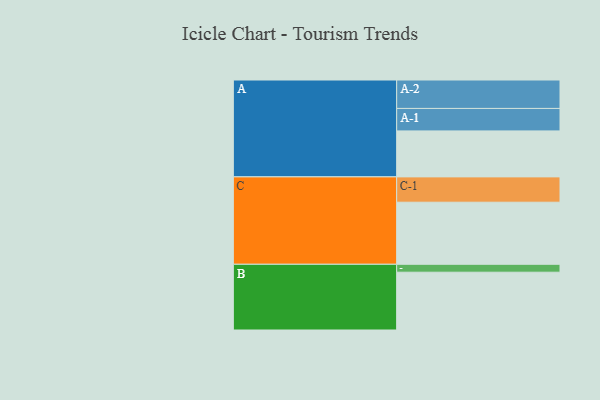
{"axis": {"x": "Segment", "y": "Value"}, "legend": ["", "A", "B", "C"], "data": [{"x": "A", "y": 354, "type": ""}, {"x": "B", "y": 445, "type": ""}, {"x": "C", "y": 478, "type": ""}, {"x": "A-1", "y": 173, "type": "A"}, {"x": "A-2", "y": 219, "type": "A"}, {"x": "B-1", "y": 61, "type": "B"}, {"x": "C-1", "y": 195, "type": "C"}]}